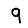
Digit: 9